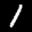
Label: 1